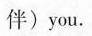
伴)you.